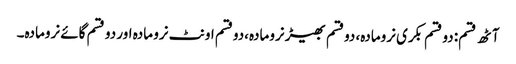
آٹھ قسم: دو قسم بکری نرومادہ، دوقسم بھیڑ نرومادہ،دوقسم اونٹ نرو مادہ اور دو قسم گائے نرومادہ۔